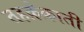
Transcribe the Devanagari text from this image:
तहक़ेक़ाती